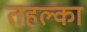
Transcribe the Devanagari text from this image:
तहल्‍का